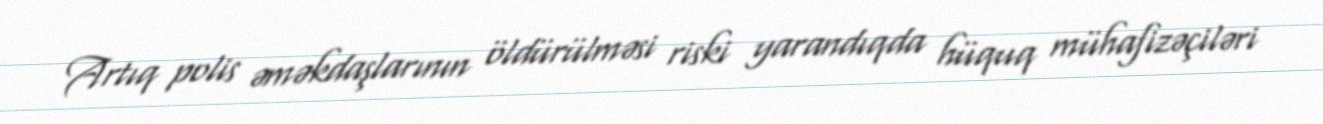
Artıq polis əməkdaşlarının öldürülməsi riski yarandıqda hüquq mühafizəçiləri